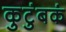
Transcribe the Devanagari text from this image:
कुटुंबकं